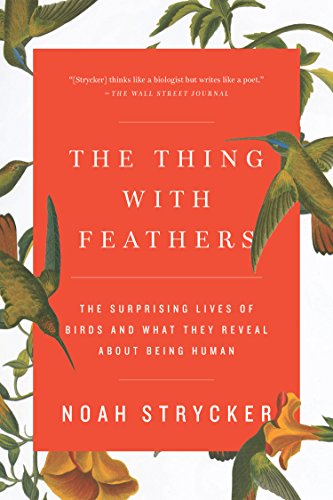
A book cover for The Thing with Feathers: The Surprising Lives of Birds and What They Reveal About Being Human; Noah Strycker; Humor & Entertainment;